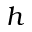
h